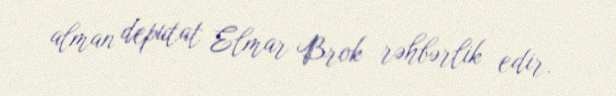
alman deputat Elmar Brok rəhbərlik edir.